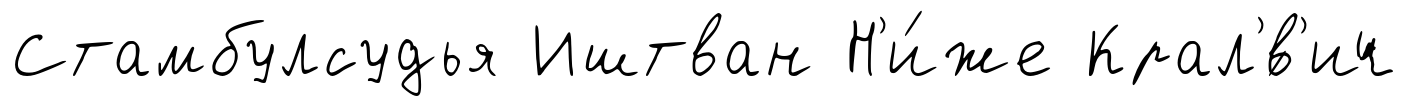
Стамбулсудья Иштван Н'и́же Крал'́в'ич